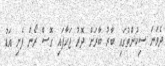
ދެވަނަ ސިކުންތުގައި ބާރު ބާރަށް ދޮރު ޖަހާފައި ގޮސް ރޯން ފެށި އަޑު